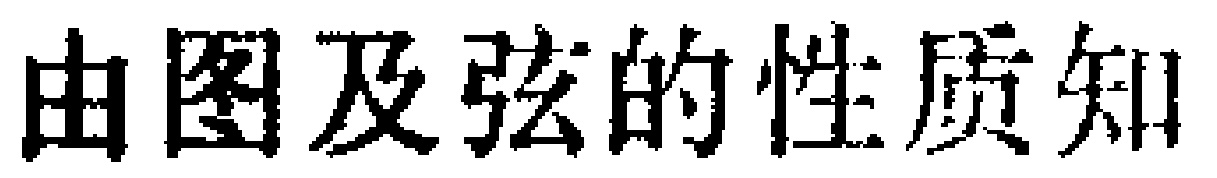
由图及弦的性质知